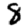
Digit: 8